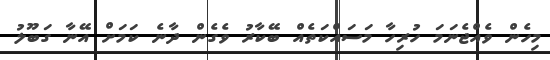
މިހެން ވެއްޖެނަމަ ހުރިހާ މަސައްކަތެއް ބޭކާރު ވެގެން ދާނެ ކަމަށް އޭނާ ގަބޫލު